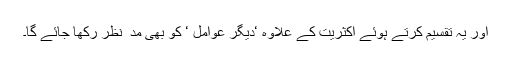
اور یہ تقسیم کرتے ہوئے اکثریت کے علاوہ ‘دیگر عوامل ‘ کو بھی مد ِ نظر رکھا جائے گا۔